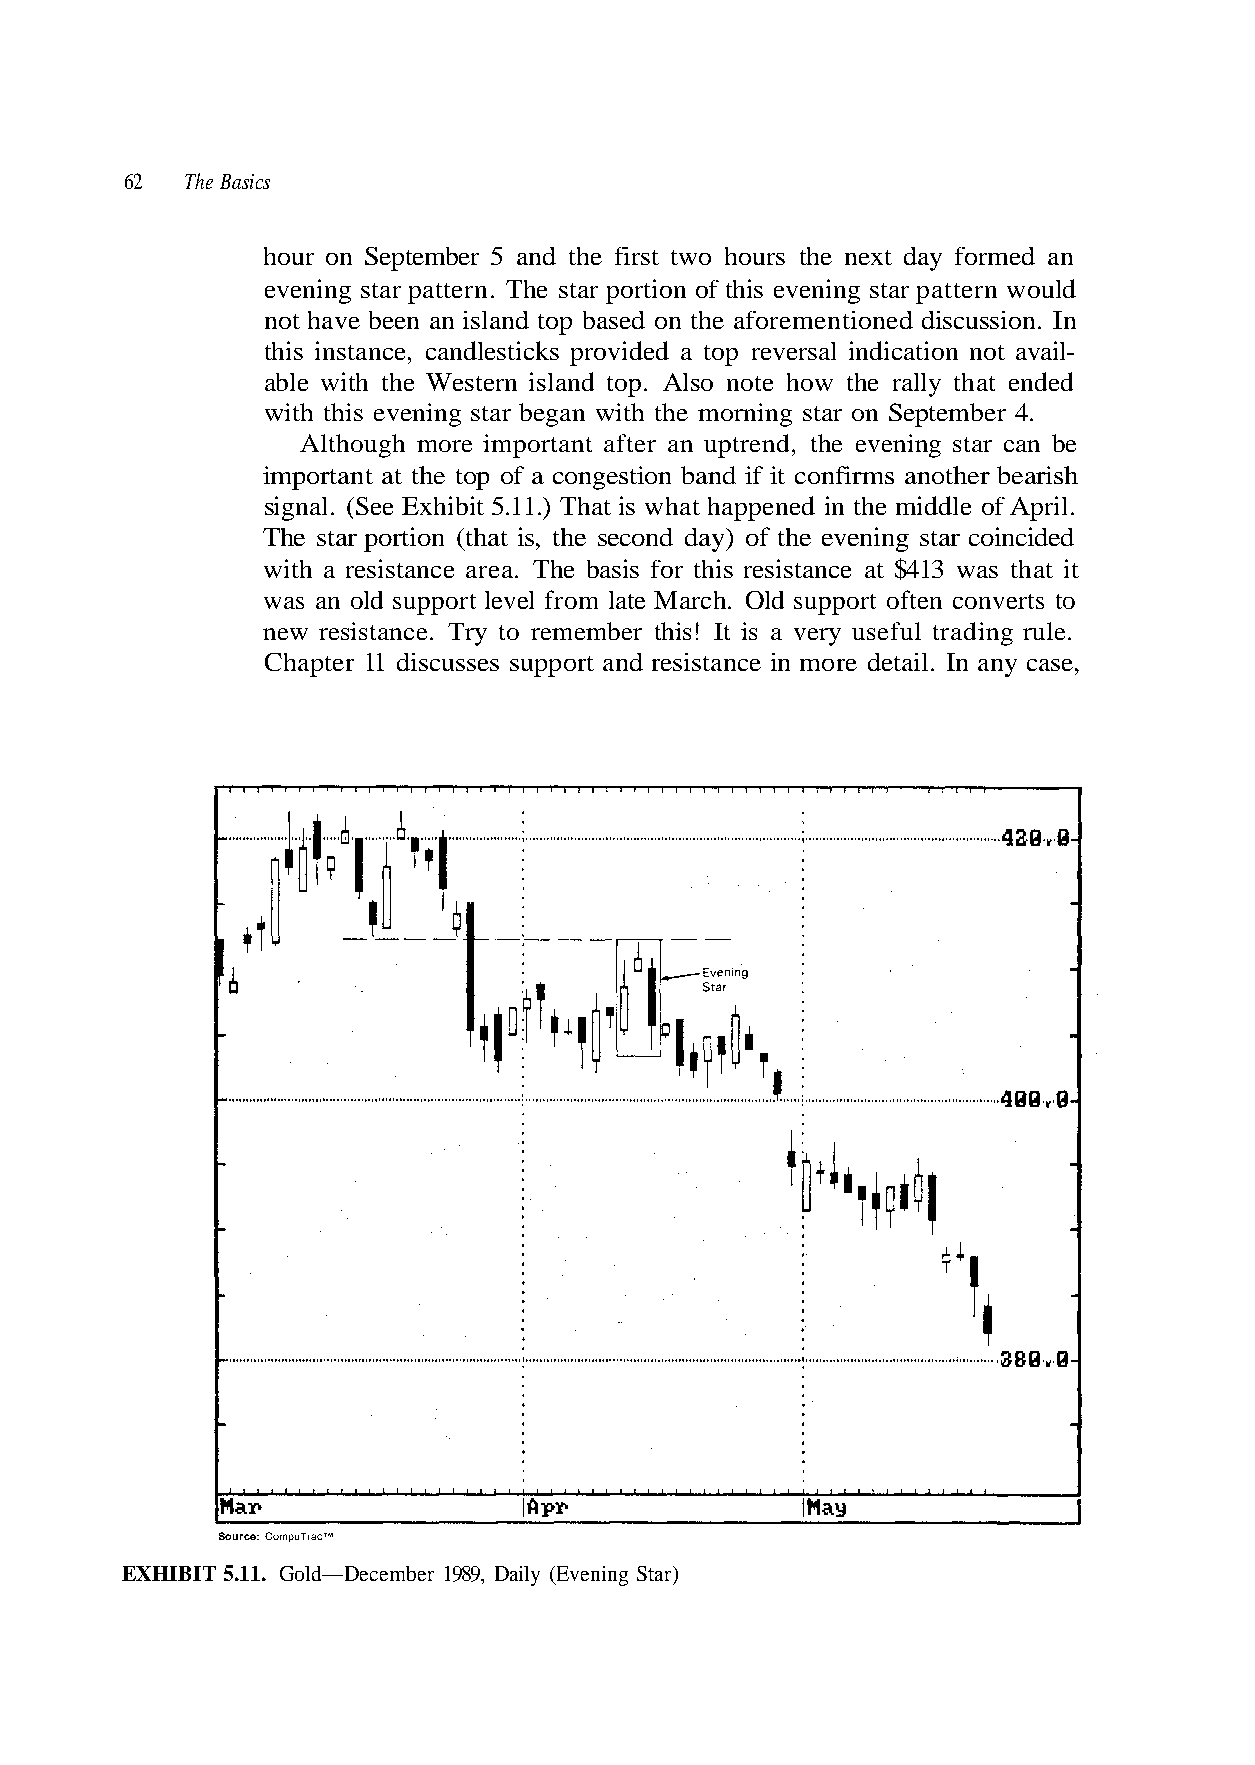
62  The Basics
 evening star pattern. The star portion of this evening star pattern would
 signal. (See Exhibit 5.11.) That is what happened in the middle of April.
 The star portion (that is, the second day) of the evening star coincided
 was an old support level from late March. Old support often converts to
 new resistance. Try to remember this! It is a very useful trading rule.
 Chapter 11 discusses support and resistance in more detail. In any case,
 Source: CompuTrac™
 ) r a t S g n i n e v E ( y l i a D , 9 8 9 1 r e b m e c e D —
 . 4
 t i
 r e
 t a
 b
 d
 h
 m
 t
 e
 s
 l
 pt
 wa
 o
 e S
 3
 G
 1
 n
 4
 o
 $
 r
 t
 a
 a
 t s
 e
 .
 c
 g
 n
 1
 n
 a
 i
 t
 n
 s
 1
 i
 r
 s
 o
 e
 .
 m
 r
 on. In
 e
 his
 5
 si
 h
 t
 us
 t
 c
 r
 T
 s
 h
 o
 di
 t
 f
 d
 i
 e
 w
 s
 n
 i
 I
 o
 s
 nti
 n
 a
 B
 me
 a
 b
 ore
 eg
 earish
 he
 med an
 he af
 r b
 nother b
 T
 HI
 hour on September 5 and the first two hours the next day for
 not have been an island top based on t
 this instance, candlesticks provided a top reversal indication not avail-
 able with the Western island top. Also note how the rally that ended
 with this evening sta
 more important after an uptrend, the evening star can be
 important at the top of a congestion band if it confirms a
 with a resistance area.
 EX
 Although